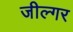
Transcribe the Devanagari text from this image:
जील्‍गर